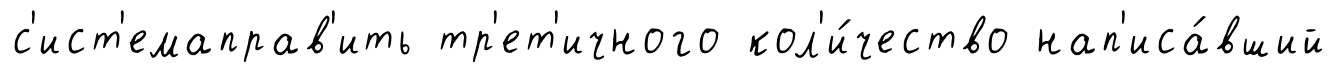
с'ист'емаправ'ить тр'ет'ичного кол'и́чество нап'иса́вший